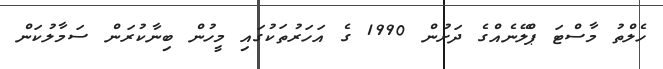
ހެލްތު މާސްޓަ ޕްލޭނެއްގެ ދަށުން 1990 ގެ އަހަރުތަކުގައި މީހުން ބިނާކުރަން ސަމާލުކަން